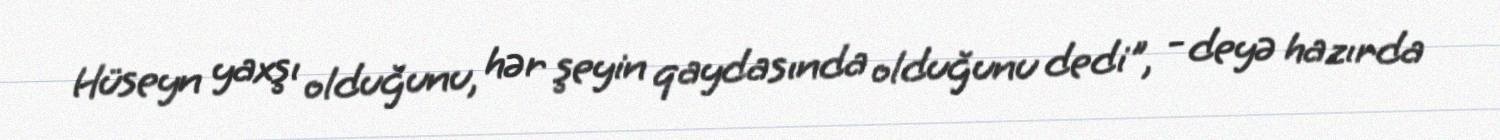
Hüseyn yaxşı olduğunu, hər şeyin qaydasında olduğunu dedi", - deyə hazırda